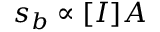
s _ { b } \propto [ I ] A